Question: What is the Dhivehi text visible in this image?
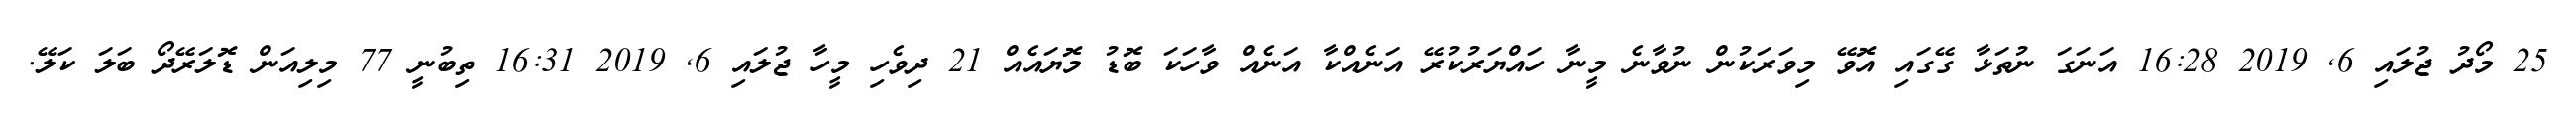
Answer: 25 މޯދު ޖުލައި 6, 2019 16:28 އަނަގަ ނުތަޅާ ގޭގައި އޮވޭ މިވަރަކުން ނުވާނެ މީނާ ހައްޔަރުކުރޭ އަނެއްކާ އަނެއް ވާހަކަ ބޮޑު މޮޔައެއް 21 ދިވެހި މީހާ ޖުލައި 6, 2019 16:31 ތިބުނީ 77 މިލިއަން ޑޮލަރޭދޯ ބަލަ ކަލޭ.